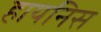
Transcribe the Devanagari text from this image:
हायनिस